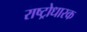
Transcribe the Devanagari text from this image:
राष्ट्रोधारक